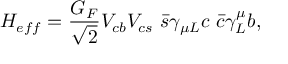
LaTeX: H _ { e f f } = { \frac { G _ { F } } { \sqrt { 2 } } } V _ { c b } V _ { c s } \ \bar { s } \gamma _ { \mu L } c \ \bar { c } \gamma _ { L } ^ { \mu } b ,